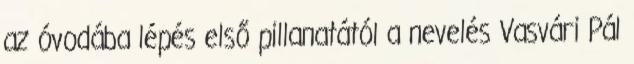
az óvodába lépés első pillanatától a nevelés Vasvári Pál